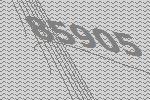
85905